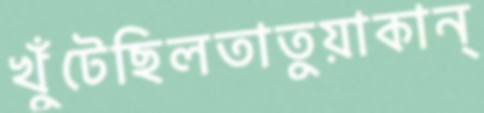
খুঁটেছিলতাতুয়াকান্